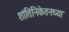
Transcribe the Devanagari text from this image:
शांतिनिकेतनच्या